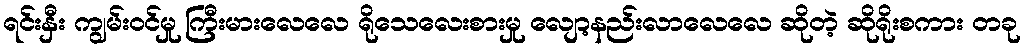
ရင်းနှီး ကျွမ်းဝင်မှု ကြီးမားလေလေ ရိုသေလေးစားမှု လျော့နည်းလာလေလေ ဆိုတဲ့ ဆိုရိုးစကား တခု